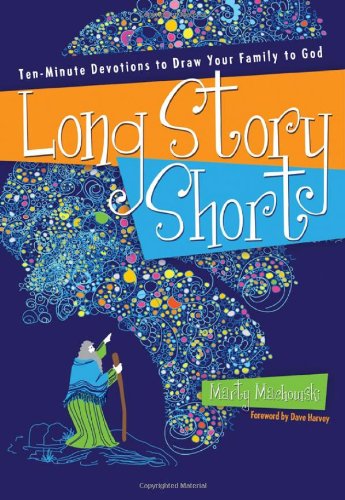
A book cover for Long Story Short: Ten-Minute Devotions to Draw Your Family to God; Marty Machowski; Christian Books & Bibles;